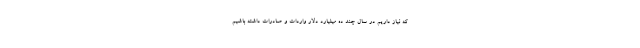
که نیاز داریم در سال چند ده میلیارد دلار واردات و صادرات داشته باشیم